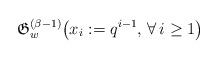
\begin{gather*}\mathfrak{G}_{w}^{(\beta-1)}\big(x_i:=q^{i-1}, \,\forall \, i \ge 1\big)\end{gather*}